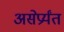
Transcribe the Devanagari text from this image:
असेप्रर्यंत